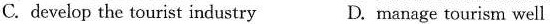
C. develop the tourist industry D. manage tourism well